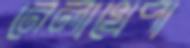
নেলাখেপা